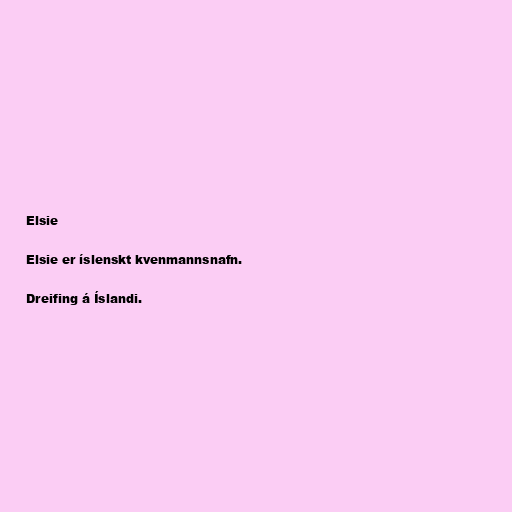
Elsie

Elsie er íslenskt kvenmannsnafn.

Dreifing á Íslandi.